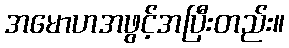
အမောဟအဖွင့်အပြီးတည်း။